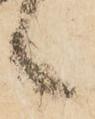
之